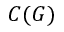
C ( G )